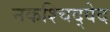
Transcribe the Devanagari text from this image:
नकश्चिद्वेद